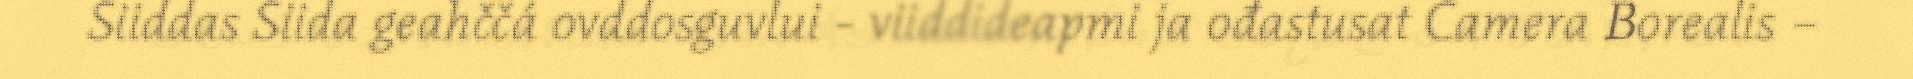
Siiddas Siida geahččá ovddosguvlui - viiddideapmi ja ođastusat Camera Borealis –